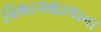
વિભાગશાળાના